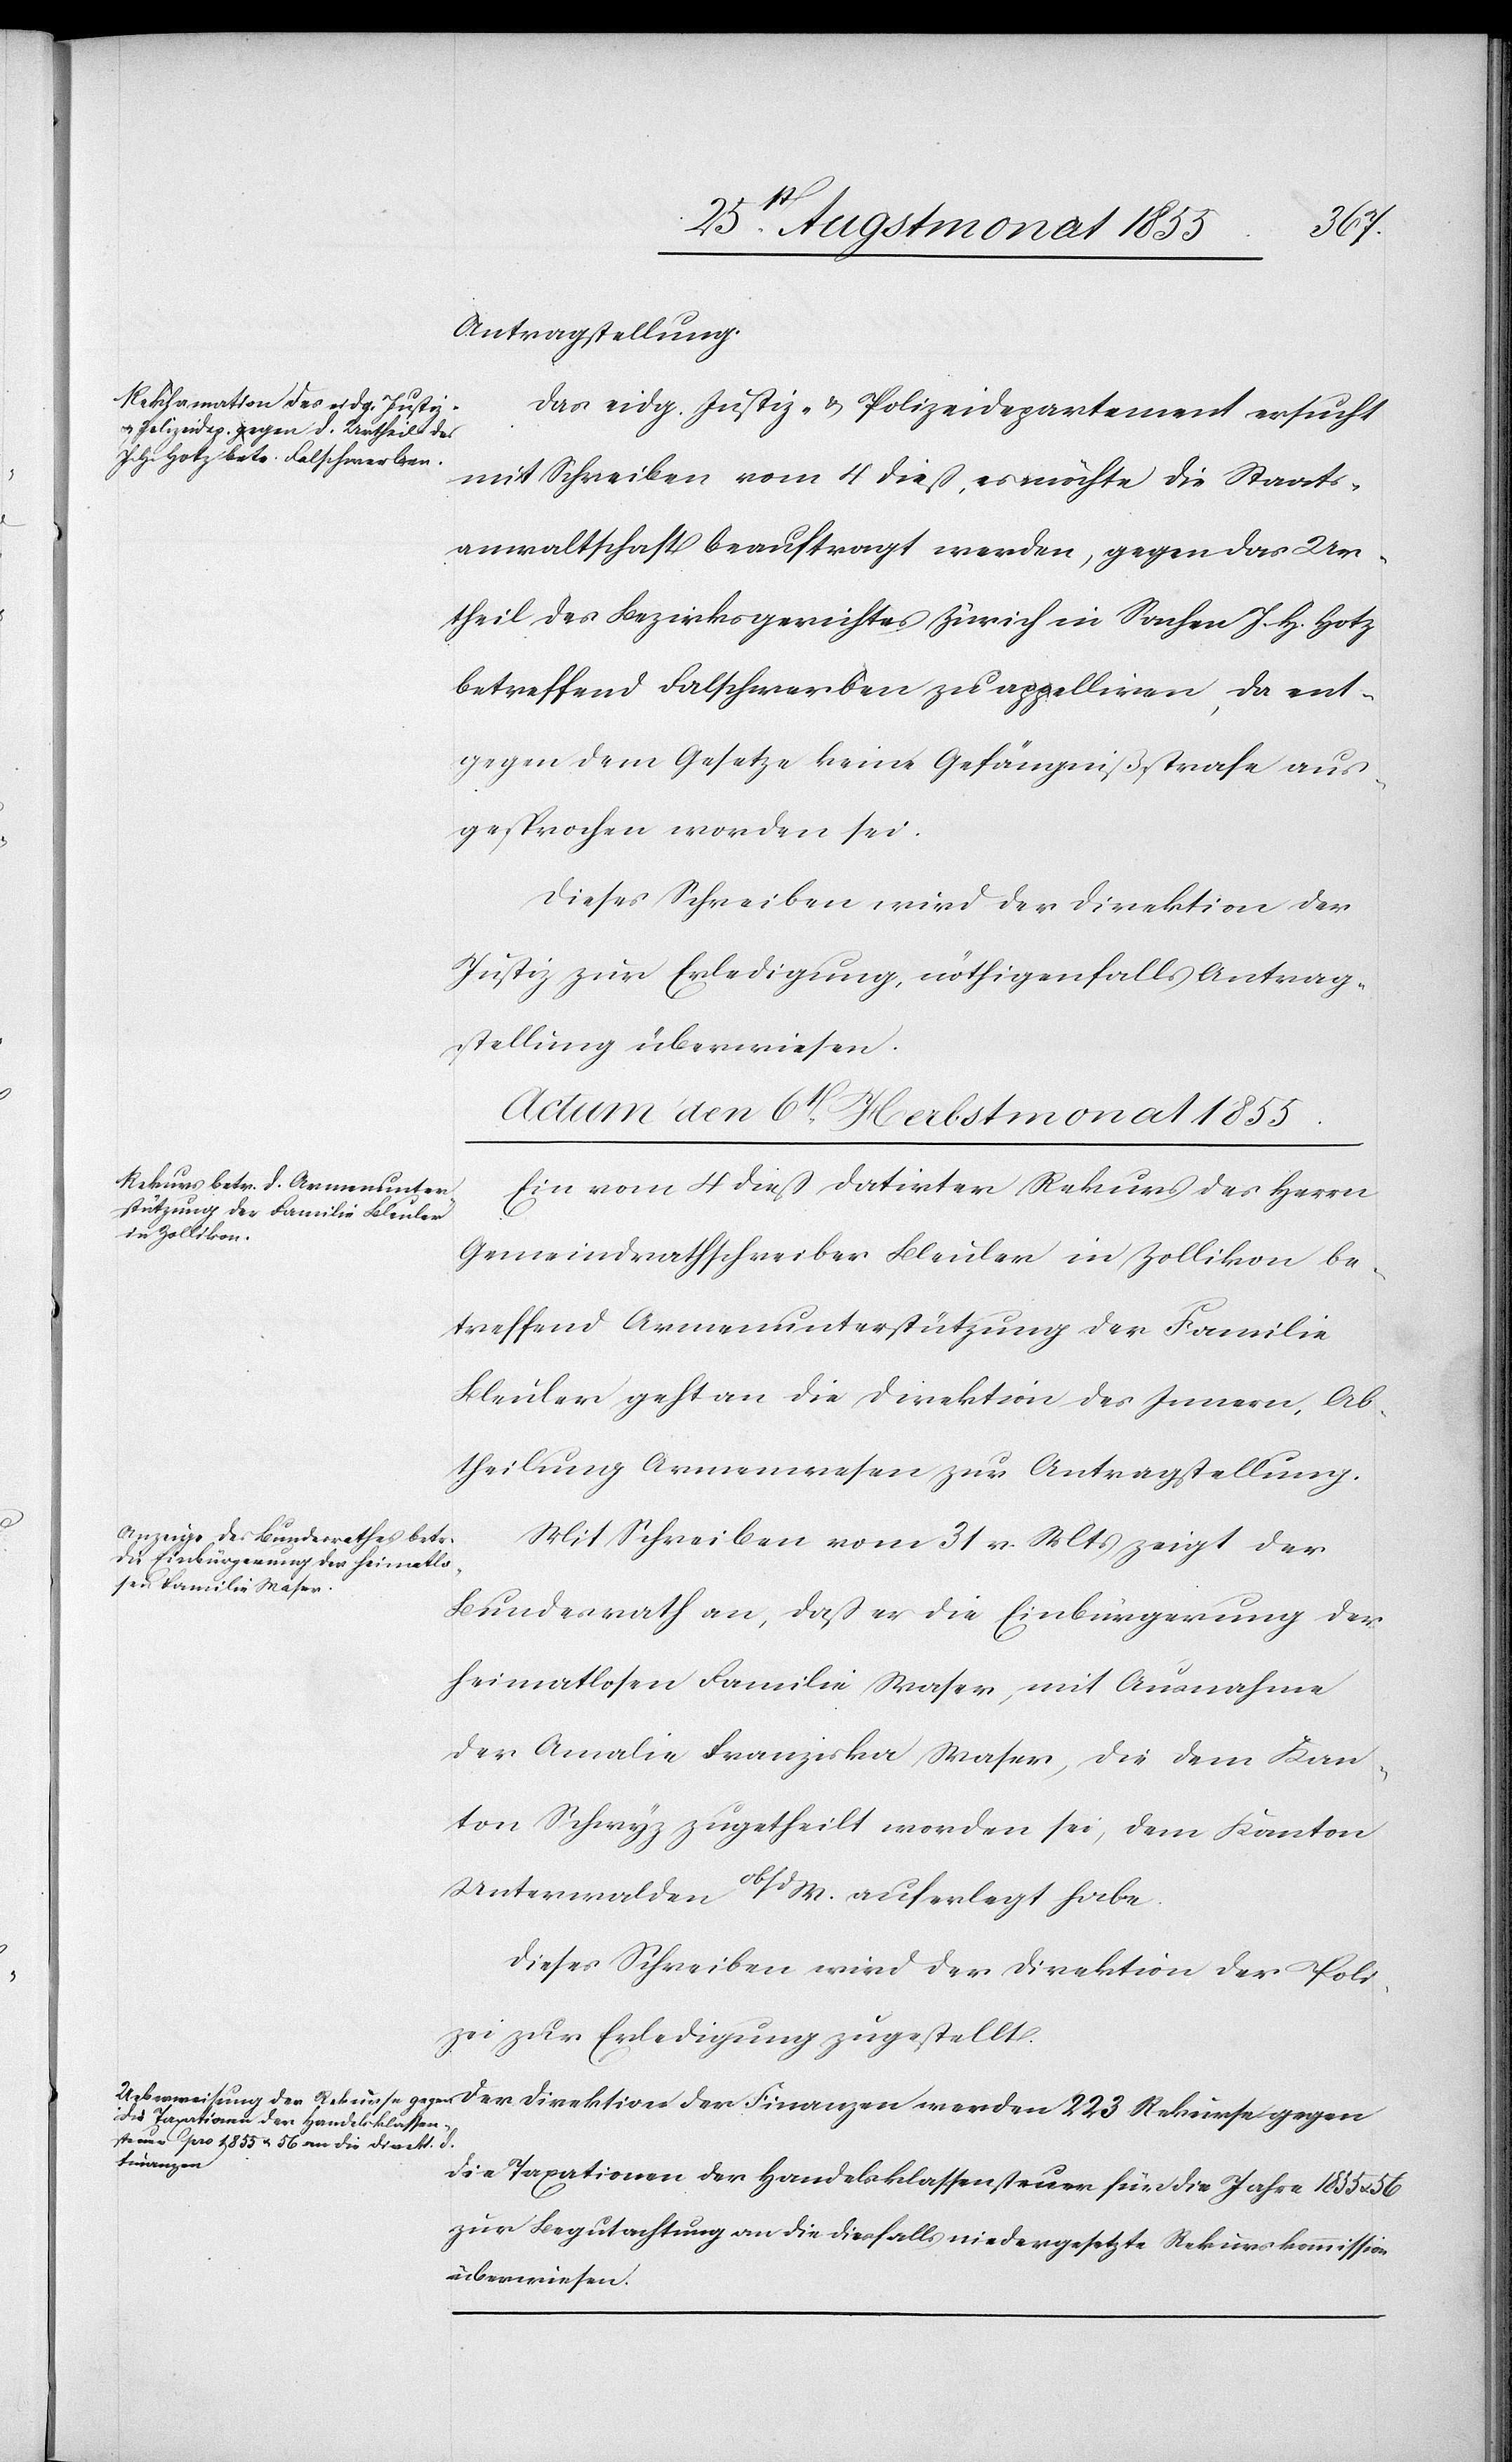
Antragstellung.
Das eidg. Justiz- & Polizeidepartement ersucht
mit Schreiben vom 4 dieß, es möchte die Staats¬
anwaltschaft beauftragt werden, gegen das Ur¬
theil des Bezirksgerichtes Zürich in Sachen J. H. Hotz
betreffend Falschwerben zu appelliren, da ent¬
gegen dem Gesetze keine Gefängnißstrafe aus¬
gesprochen worden sei.
Dieses Schreiben wird der Direktion der
Justiz zur Erledigung, nöthigenfalls Antrag¬
stellung überwiesen.
Actum den 6t. Herbstmonat 1855.]
Ein vom 4 dieß datirter Rekurs des Herrn
Gemeindrathschreiber Bleuler in Zollikon be¬
treffend Armenunterstützung der Familie
Bleuler geht an die Direktion des Innern, Ab¬
theilung Armenwesen zur Antragstellung.
Mit Schreiben vom 31 v. Mts zeigt der
Bundesrath an, daß er die Einbürgerung der
heimatlosen Familie Waser, mit Ausnahme
der Amalie Franziska Waser, die dem Kan¬
ton Schwyz zugetheilt worden sei, dem Kanton
Unterwalden ob/dW. auferlegt habe.
Dieses Schreiben wird der Direktion der Poli¬
zei zur Erledigung zugestellt.
Finanzen
die Taxationen der Handelsklassensteuer für die Jahre 1855 & 56
zur Begutachtung an die diesfalls niedergesetzte Rekurskommission
überwiesen.